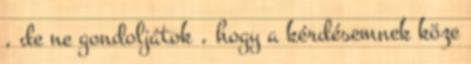
, de ne gondoljátok , hogy a kérdésemnek köze